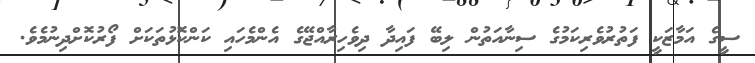
ސީގެ އަމާޒަކީ ފަތުރުވެރިކަމުގެ ސިނާއަތުން ލިބޭ ފައިދާ ދިވެހިރާއްޖޭގެ އެންމެހައި ކަންކޮޅުތަކަށް ފޯރުކޮށްދިނުމެވެ.